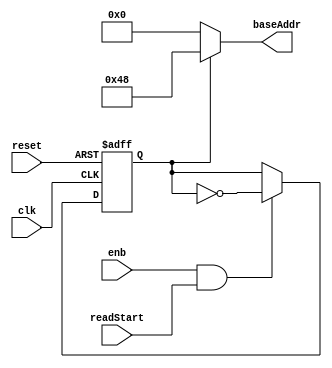
// -------------------------------------------------------------
// 
// 
// Generated by MATLAB 9.13 and HDL Coder 4.0
// 
// -------------------------------------------------------------


// -------------------------------------------------------------
// 
// Module: whdlOFDMTx_Generate_Base_Read_Address_block
// Source Path: whdlOFDMTx/Frame Generator/Header/Interleaver/Read Logic/Generate Base Read Address
// Hierarchy Level: 7
// 
// -------------------------------------------------------------

`timescale 1 ns / 1 ns

module whdlOFDMTx_Generate_Base_Read_Address_block
          (clk,
           reset,
           enb,
           readStart,
           baseAddr);


  input   clk;
  input   reset;
  input   enb;
  input   readStart;
  output  [6:0] baseAddr;  // ufix7


  reg  Unit_Delay_Enabled_Synchronous2_out1;
  wire Logical_Operator7_out1;
  wire [6:0] Constant1_out1;  // ufix7
  wire [6:0] Constant5_out1;  // ufix7
  wire [6:0] Switch1_out1;  // ufix7


  assign Logical_Operator7_out1 =  ~ Unit_Delay_Enabled_Synchronous2_out1;



  always @(posedge clk or posedge reset)
    begin : Unit_Delay_Enabled_Synchronous2_process
      if (reset == 1'b1) begin
        Unit_Delay_Enabled_Synchronous2_out1 <= 1'b1;
      end
      else begin
        if (enb && readStart) begin
          Unit_Delay_Enabled_Synchronous2_out1 <= Logical_Operator7_out1;
        end
      end
    end



  assign Constant1_out1 = 7'b0000000;



  assign Constant5_out1 = 7'b1001000;



  assign Switch1_out1 = (Unit_Delay_Enabled_Synchronous2_out1 == 1'b0 ? Constant1_out1 :
              Constant5_out1);



  assign baseAddr = Switch1_out1;

endmodule  // whdlOFDMTx_Generate_Base_Read_Address_block